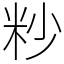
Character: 粆